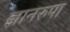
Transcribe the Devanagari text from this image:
ज्ञानरुपा